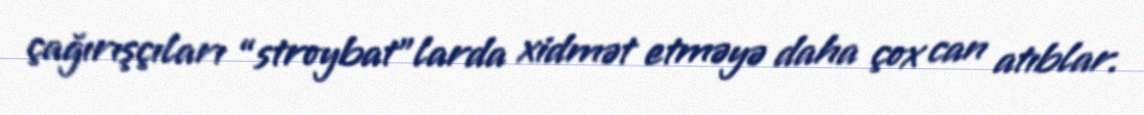
çağırışçıları “stroybat”larda xidmət etməyə daha çox can atıblar.